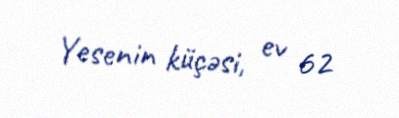
Yesenin küçəsi, ev 62